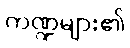
ကဏ္ဍများ၏